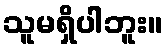
သူမရှိပါဘူး။